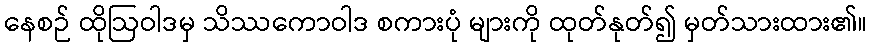
နေစဉ် ထိုဩဝါဒမှ သိဿကောဝါဒ စကားပုံ များကို ထုတ်နုတ်၍ မှတ်သားထား၏။